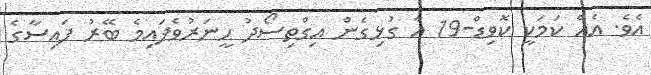
އެވެ. އެއް ކަމަކީ ކޮވިޑް-19 އާ ގުޅިގެން އިގްތިސޯދު ހީނަރުވެފައިމެ ބޭރު ފައިސާގެ